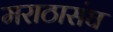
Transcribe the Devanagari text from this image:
मराठासंघ